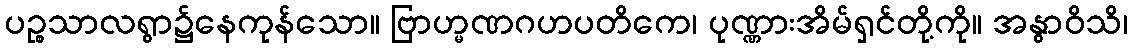
ပဉ္စသာလရွာ၌နေကုန်သော။ ဗြာဟ္မဏဂဟပတိကေ၊ ပုဏ္ဏားအိမ်ရှင်တို့ကို။ အနွာဝိသိ၊